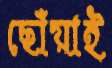
ছোঁয়াই